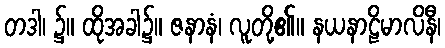
တဒါ၊ ၌။ ထိုအခါ၌။ ဇနာနံ၊ လူတို့၏။ နယနာဠိမာလိနီ၊